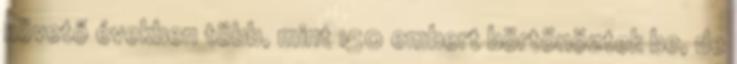
követő években több, mint 150 embert börtönöztek be, de